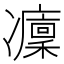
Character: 𠘡